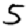
Digit: 5